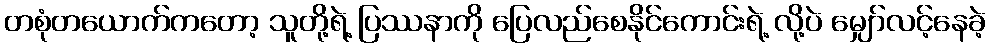
တစုံတယောက်ကတော့ သူတို့ရဲ့ ပြဿနာကို ပြေလည်စေနိုင်ကောင်းရဲ့ လို့ပဲ မျှော်လင့်နေခဲ့